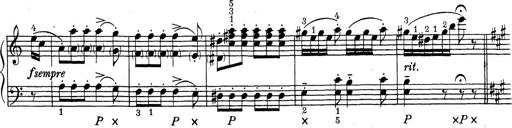
Title: ÄŒeskÃ© Sonatiny
Composer: Various